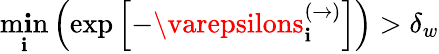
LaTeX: \underset{\mathbf{i}}{\operatorname*{m\mathbf{i}n}}\left(\exp\left[-\varepsilons_{\mathbf{i}}^{(\to)}\right]\right)>\delta_{w}